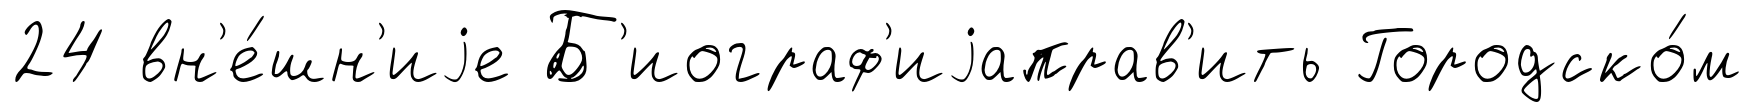
24 вн'е́шн'иjе Б'иограф'иjаправ'ить Городско́м